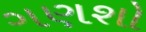
ગણશો